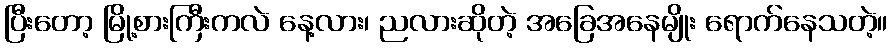
ပြီးတော့ မြို့စားကြီးကလဲ နေ့လား၊ ညလားဆိုတဲ့ အခြေအနေမျိုး ရောက်နေသတဲ့။